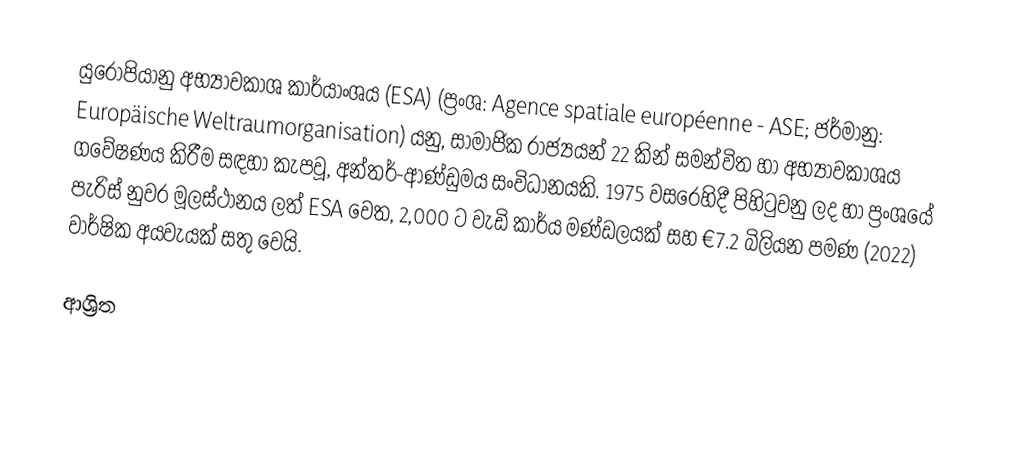
යුරෝපියානු අභ්‍යාවකාශ කාර්යාංශය (ESA) (ප්‍රංශ: Agence spatiale européenne - ASE; ජර්මානු: Europäische Weltraumorganisation) යනු,  සාමාජික රාජ්‍යයන් 22 කින් සමන්විත හා අභ්‍යාවකාශය ගවේෂණය කිරීම සඳහා කැපවූ, අන්තර්-ආණ්ඩුමය සංවිධානයකි. 1975 වසරෙහිදී පිහිටුවනු ලද හා ප්‍රංශයේ පැරිස් නුවර මූලස්ථානය ලත් ESA වෙත, 2,000 ට වැඩි කාර්ය මණ්ඩලයක් සහ €7.2 බිලියන පමණ (2022) වාර්ෂික අයවැයක් සතු වෙයි.

ආශ්‍රිත